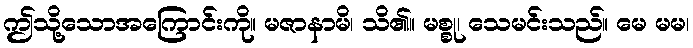
ဤသို့သောအကြောင်းကို။ မဇာနာမိ၊ သိ၏။ မစ္စု၊ သေမင်းသည်။ မေ မမ၊